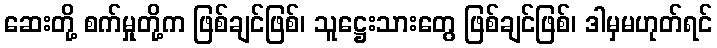
ဆေးတို့ စက်မှုတို့က ဖြစ်ချင်ဖြစ်၊ သူဋ္ဌေးသားတွေ ဖြစ်ချင်ဖြစ်၊ ဒါမှမဟုတ်ရင်